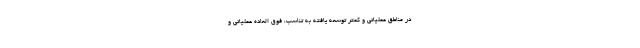
در مناطق عملیاتی و کمتر توسعه یافته به تناسب، فوق العاده عملیاتی و